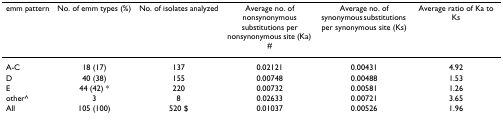
| emm pattern | No. of emm types (%) | No. of isolates analyzed | Average no. of nonsynonymous substitutions per nonsynonymous site (Ka) # | Average no. of synonymous substitutions per synonymous site (Ks) | Average ratio of Ka to Ks |
 | --- | --- | --- | --- | --- | --- |
 | A-C | 18 (17) | 137 | 0.02121 | 0.00431 | 4.92 |
 | D | 40 (38) | 155 | 0.00748 | 0.00488 | 1.53 |
 | E | 44 (42) * | 220 | 0.00732 | 0.00581 | 1.26 |
 | other^ | 3 | 8 | 0.02633 | 0.00721 | 3.65 |
 | All | 105 (100) | 520 $ | 0.01037 | 0.00526 | 1.96 |